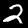
Label: 2